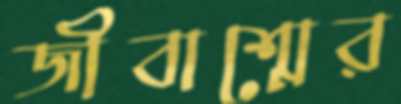
জীবাশ্মের